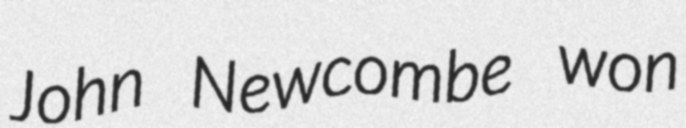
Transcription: John Newcombe won